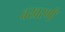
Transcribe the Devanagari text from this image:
वखरणी